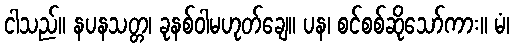
ငါသည်။ နပနသတ္တ၊ ခုနစ်ဝါမဟုတ်ချေ။ ပန၊ စင်စစ်ဆိုသော်ကား။ မံ၊